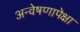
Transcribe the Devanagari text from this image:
अन्वेषणापेक्षा